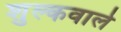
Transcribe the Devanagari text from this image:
शुल्कवाले